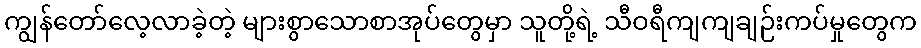
ကျွန်တော်လေ့လာခဲ့တဲ့ များစွာသောစာအုပ်တွေမှာ သူတို့ရဲ့ သီဝရီကျကျချဉ်းကပ်မှုတွေက